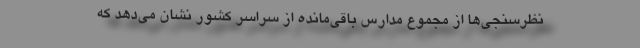
نظرسنجی‌ها از مجموع مدارس باقی‌مانده از سراسر کشور نشان می‌دهد که